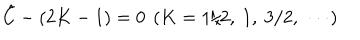
{ \hat { C } } - ( 2 K - 1 ) = 0 \ \left( K = 1 / 2 , \ 1 , \ 3 / 2 , \ \cdots \right)